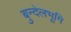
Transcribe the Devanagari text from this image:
बुन्देलभूमि